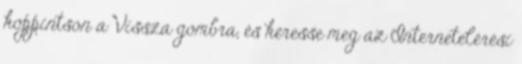
koppintson a Vissza gombra, és keresse meg az Internetelérési